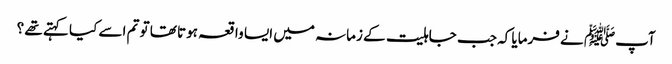
آپﷺ نے فرمایا کہ جب جاہلیت کے زمانہ میں ایسا واقعہ ہوتا تھا تو تم اسے کیا کہتے تھے ؟